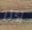
أكثر